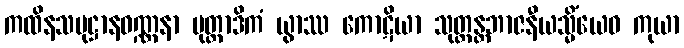
ကထိနသမုဋ္ဌာနဝဏ္ဏနာ မုတ္တာဒိကံ ယွာဿ ကောဋိယာ သုတ္တန္တဘာဇနီယသ္မိံယေဝ ကုယာ